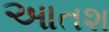
આતશ